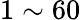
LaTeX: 1\sim 60